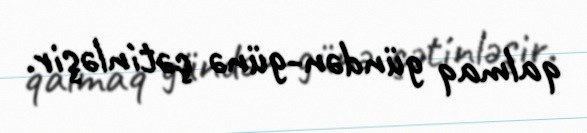
qalmaq gündən-günə çətinləşir.